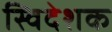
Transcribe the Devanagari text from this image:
स्विदेशक